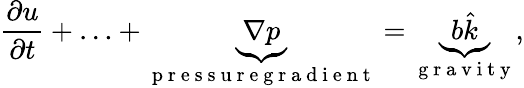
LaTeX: \frac{\partial u}{\partial t}+\ldots+\underbrace{\nabla p}_{\mathrm{~p~r~e~s~s~u~r~e~g~r~a~d~i~e~n~t~}}=\underbrace{b\hat{k}}_{\mathrm{~g~r~a~v~i~t~y~}},